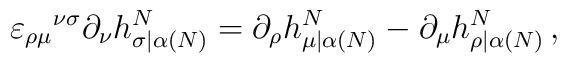
\varepsilon_{\rho\mu}{}^{\nu\sigma}\partial_\nu h^N_{\sigma|\alpha(N)}=\partial_\rho h^N_{\mu|\alpha(N)}-\partial_\mu h^N_{\rho|\alpha(N)}\,,